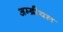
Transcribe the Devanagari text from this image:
अम्ब्रीयल